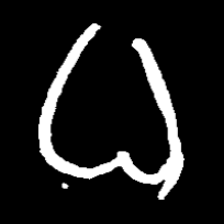
Pyu character \u2014 Myanmar letter: ဓ (romanized: dha)